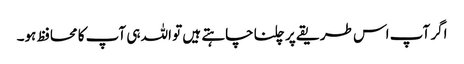
اگر آپ اس طریقے پر چلنا چاہتے ہیں تو اللہ ہی آپ کا محافظ ہو۔